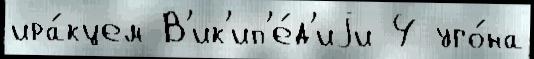
ира́кцем В'ик'ип'е́д'иjи 4 уго́на